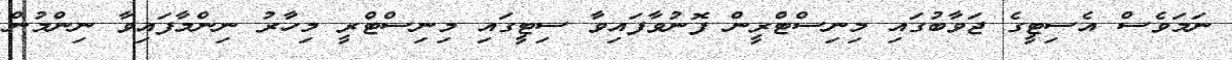
ނަމަވެސް އެސިޓީގެ ޖަވާބުގައި މިނިސްޓްރީން ފޮނުވާފައިވާ ސިޓީގައި މިނިސްޓްރީ މިހާރު ނިންމާފައިވާ ނިންމުން